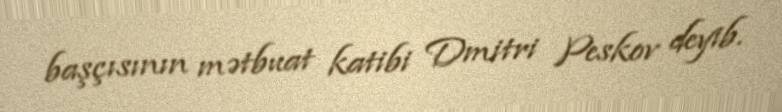
başçısının mətbuat katibi Dmitri Peskov deyib.